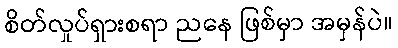
စိတ်လှုပ်ရှားစရာ ညနေ ဖြစ်မှာ အမှန်ပဲ။